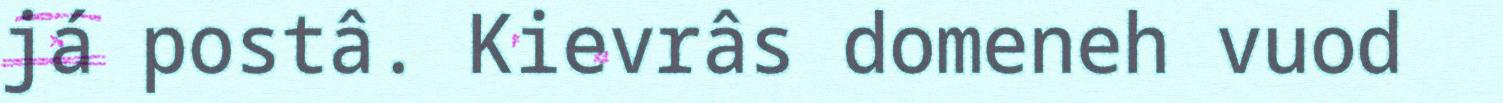
já postâ. Kievrâs domeneh vuod